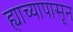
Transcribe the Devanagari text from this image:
ह्याच्यापासून